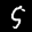
Label: 5